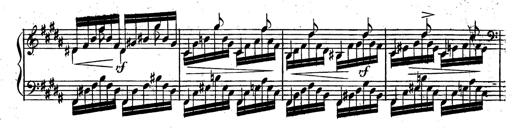
Title: Rondeau fantastique sur un thÃ¨me espagnol
Composer: Franz Liszt